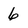
Character: 6